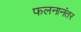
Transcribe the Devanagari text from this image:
फलनानंतर